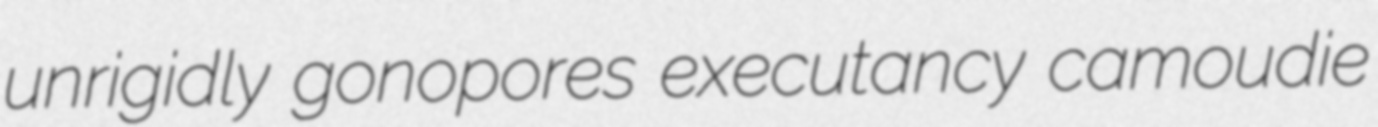
unrigidly gonopores executancy camoudie